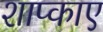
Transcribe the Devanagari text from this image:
शाप्काए